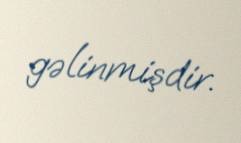
gəlinmişdir.